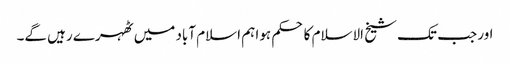
اور جب تک شیخ الاسلام کا حکم ہوا ہم اسلام آباد میں ٹھہرے رہیں گے۔